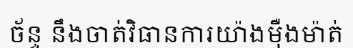
ច័ន្ទ នឹងចាត់វិធានការយ៉ាងម៉ឺងម៉ាត់